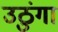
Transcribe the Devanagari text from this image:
उठुंगा